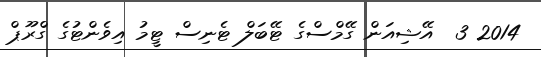
2014 3  އޭޝިއަން ގޭމްސްގެ ޓޭބަލް ޓެނިސް ޓީމު އިވެންޓުގެ ގްރޫޕް